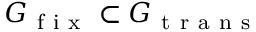
G _ { \mathrm { ~ f ~ i ~ x ~ } } \subset G _ { \mathrm { ~ t ~ r ~ a ~ n ~ s ~ } }